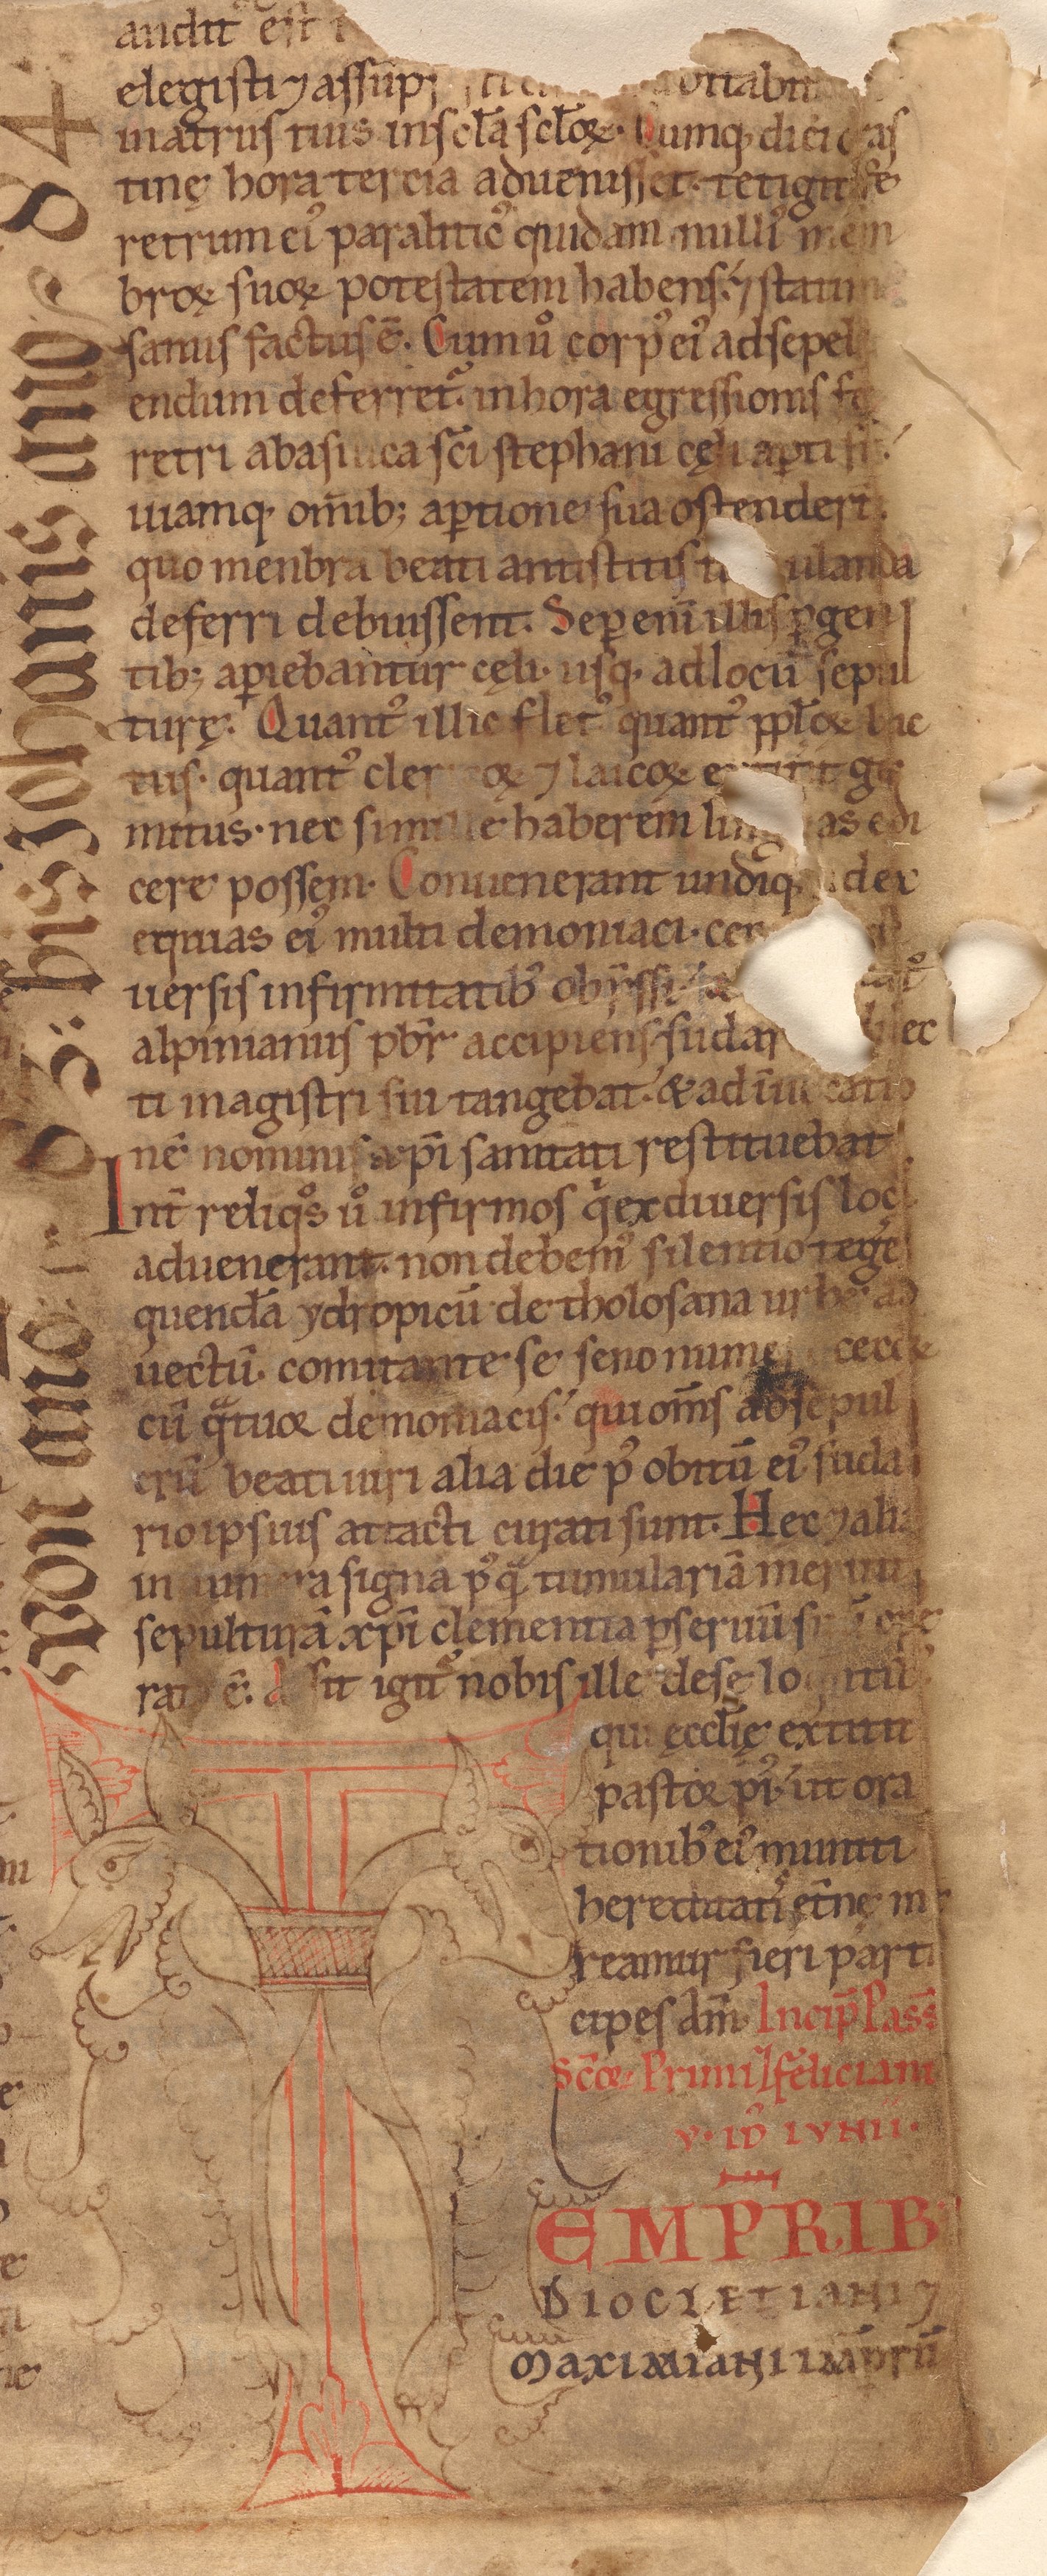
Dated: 1140–1170